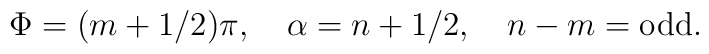
\Phi =(m+1/2)\pi, \,\,\, \,\,\, \alpha= n+1/2, \,\,\, \,\,\, n-m= \mbox{odd}.